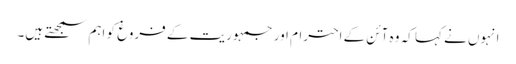
انہوں نے کہا کہ وہ آئن کے احترام اور جمہوریت کے فروغ کو اہم سمجھتے ہیں۔